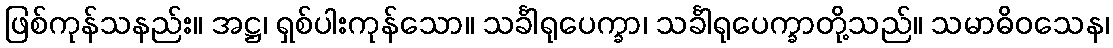
ဖြစ်ကုန်သနည်း။ အဋ္ဌ၊ ရှစ်ပါးကုန်သော။ သင်္ခါရုပေက္ခာ၊ သင်္ခါရုပေက္ခာတို့သည်။ သမာဓိဝသေန၊